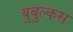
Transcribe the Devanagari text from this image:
बुबुल्कस